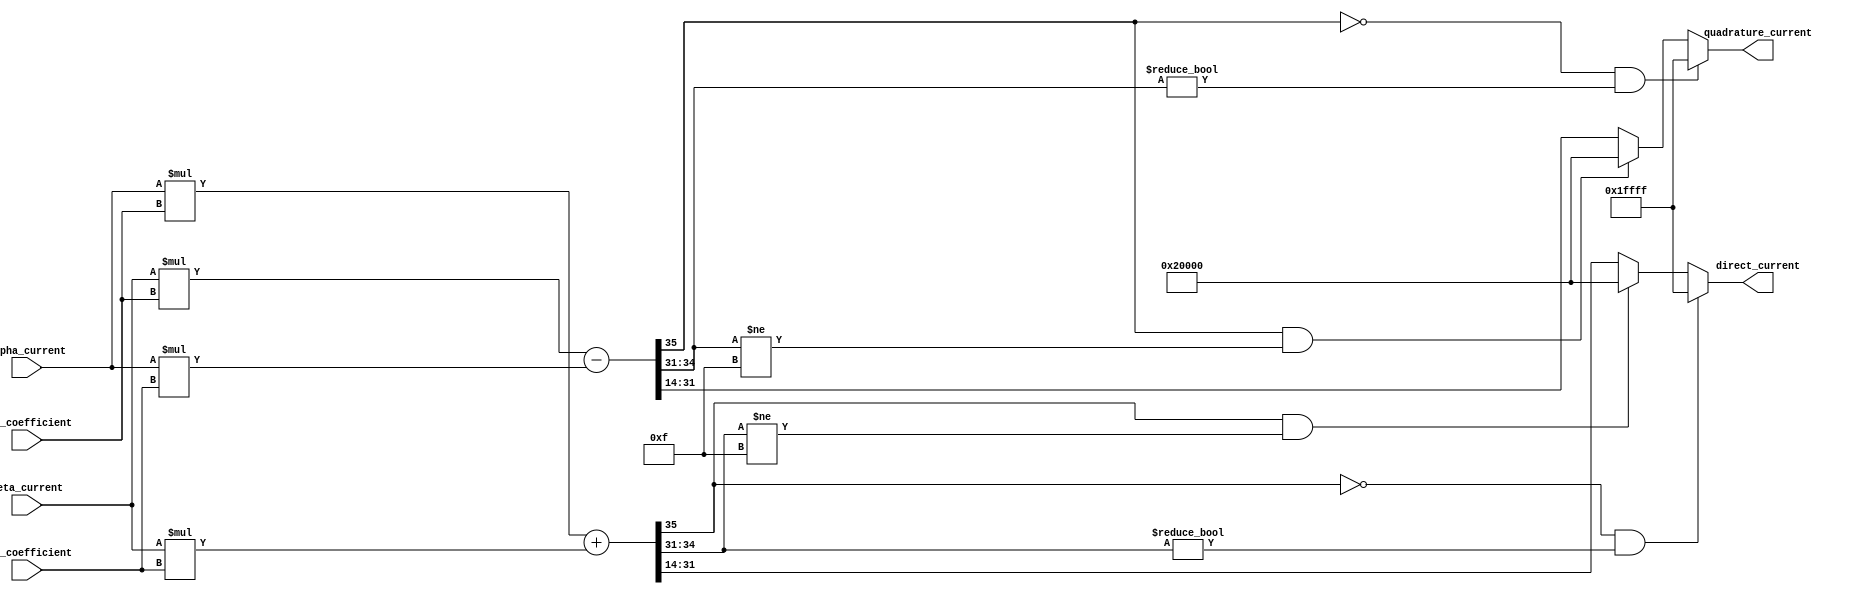
module velocityControlHdl_Park_Transform
          (
           sin_coefficient,
           cos_coefficient,
           alpha_current,
           beta_current,
           direct_current,
           quadrature_current
          );


  input   signed [17:0] sin_coefficient;  // sfix18_En16
  input   signed [17:0] cos_coefficient;  // sfix18_En16
  input   signed [17:0] alpha_current;  // sfix18_En13
  input   signed [17:0] beta_current;  // sfix18_En13
  output  signed [17:0] direct_current;  // sfix18_En15
  output  signed [17:0] quadrature_current;  // sfix18_En15


  wire signed [35:0] Product2_out1;  // sfix36_En29
  wire signed [35:0] Product3_out1;  // sfix36_En29
  wire signed [35:0] Add1_out1;  // sfix36_En29
  wire signed [17:0] D_Data_Type_out1;  // sfix18_En15
  wire signed [35:0] Product1_out1;  // sfix36_En29
  wire signed [35:0] Product_out1;  // sfix36_En29
  wire signed [35:0] Add_out1;  // sfix36_En29
  wire signed [17:0] Q_Data_Type_out1;  // sfix18_En15

  // Converts balanced two-phase orthogonal stationary system to an orthogonal rotating reference frame.
  // 
  // Park Transform


  // <S42>/Product2
  assign Product2_out1 = alpha_current * cos_coefficient;



  // <S42>/Product3
  assign Product3_out1 = beta_current * sin_coefficient;



  // <S42>/Add1
  assign Add1_out1 = Product2_out1 + Product3_out1;



  // <S42>/D_Data_Type
  assign D_Data_Type_out1 = ((Add1_out1[35] == 1'b0) && (Add1_out1[34:31] != 4'b0000) ? 18'sb011111111111111111 :
              ((Add1_out1[35] == 1'b1) && (Add1_out1[34:31] != 4'b1111) ? 18'sb100000000000000000 :
              $signed(Add1_out1[31:14])));



  assign direct_current = D_Data_Type_out1;

  // <S42>/Product1
  assign Product1_out1 = beta_current * cos_coefficient;



  // <S42>/Product
  assign Product_out1 = alpha_current * sin_coefficient;



  // <S42>/Add
  assign Add_out1 = Product1_out1 - Product_out1;



  // <S42>/Q_Data_Type
  assign Q_Data_Type_out1 = ((Add_out1[35] == 1'b0) && (Add_out1[34:31] != 4'b0000) ? 18'sb011111111111111111 :
              ((Add_out1[35] == 1'b1) && (Add_out1[34:31] != 4'b1111) ? 18'sb100000000000000000 :
              $signed(Add_out1[31:14])));



  assign quadrature_current = Q_Data_Type_out1;

endmodule